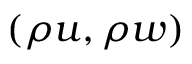
( \rho u , \rho w )